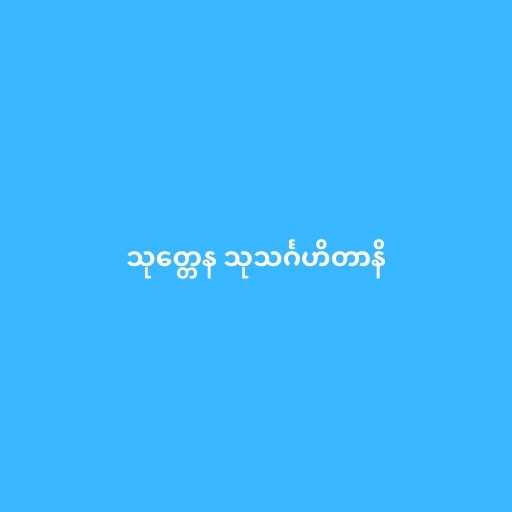
သုတ္တေန သုသင်္ဂဟိတာနိ